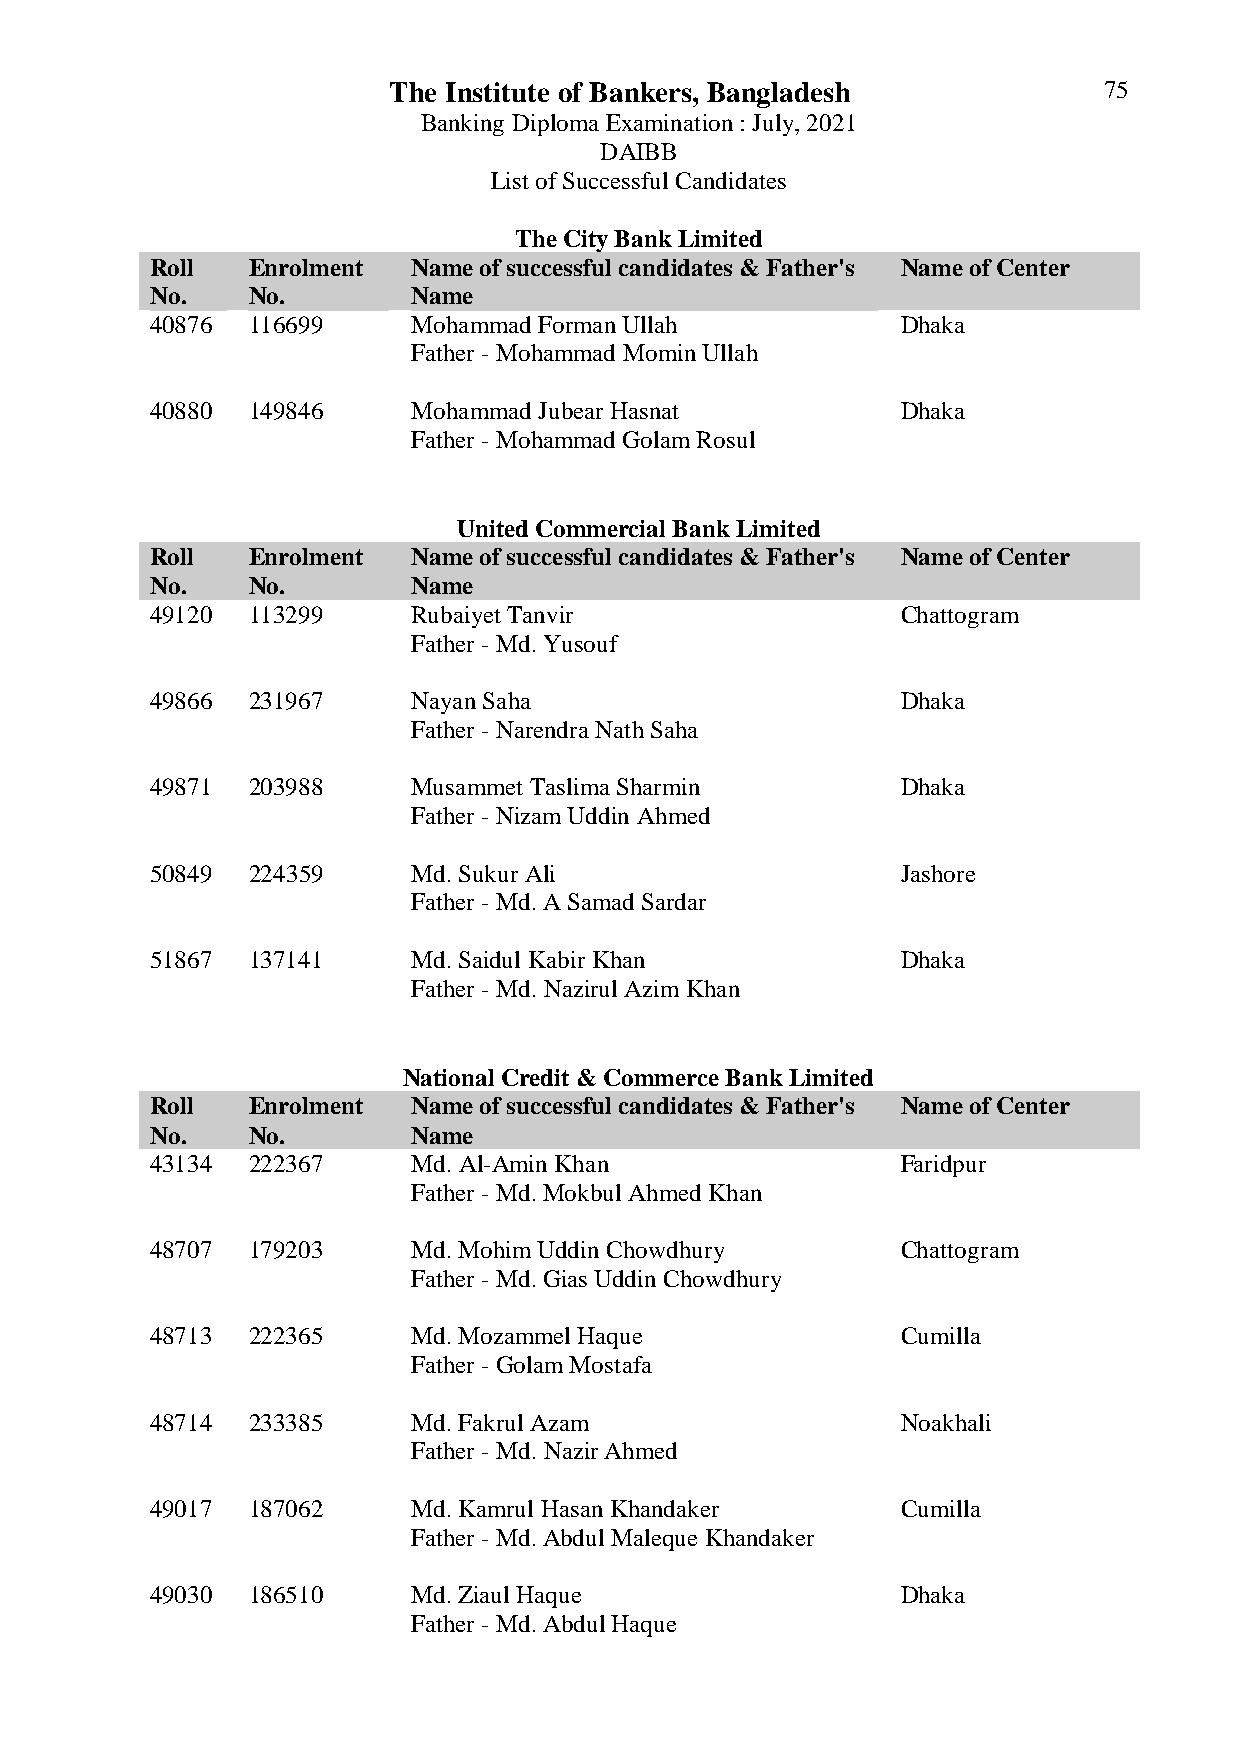
The Institute of Bankers, Bangladesh           75
 Banking Diploma Examination : July, 2021
 DAIBB
 List of Successful Candidates
 The City Bank Limited
 Roll  Enrolment  Name of successful candidates & Father's Name of Center
 No.   No.        Name
 40876 116699     Mohammad Forman Ullah            Dhaka
 Father - Mohammad Momin Ullah
 40880 149846     Mohammad Jubear Hasnat           Dhaka
 Father - Mohammad Golam Rosul
 United Commercial Bank Limited
 Roll  Enrolment  Name of successful candidates & Father's Name of Center
 No.   No.        Name
 49120 113299     Rubaiyet Tanvir                  Chattogram
 Father - Md. Yusouf
 49866 231967     Nayan Saha                       Dhaka
 Father - Narendra Nath Saha
 49871 203988     Musammet Taslima Sharmin         Dhaka
 Father - Nizam Uddin Ahmed
 50849 224359     Md. Sukur Ali                    Jashore
 Father - Md. A Samad Sardar
 51867 137141     Md. Saidul Kabir Khan            Dhaka
 Father - Md. Nazirul Azim Khan
 National Credit & Commerce Bank Limited
 Roll  Enrolment  Name of successful candidates & Father's Name of Center
 No.   No.        Name
 43134 222367     Md. Al-Amin Khan                 Faridpur
 Father - Md. Mokbul Ahmed Khan
 48707 179203     Md. Mohim Uddin Chowdhury        Chattogram
 Father - Md. Gias Uddin Chowdhury
 48713 222365     Md. Mozammel Haque               Cumilla
 Father - Golam Mostafa
 48714 233385     Md. Fakrul Azam                  Noakhali
 Father - Md. Nazir Ahmed
 49017 187062     Md. Kamrul Hasan Khandaker       Cumilla
 Father - Md. Abdul Maleque Khandaker
 49030 186510     Md. Ziaul Haque                  Dhaka
 Father - Md. Abdul Haque